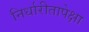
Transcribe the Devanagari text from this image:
निर्धारीतापेक्षा